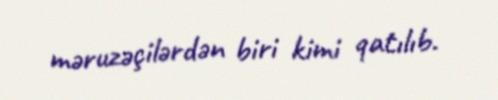
məruzəçilərdən biri kimi qatılıb.